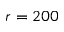
r = 2 0 0